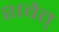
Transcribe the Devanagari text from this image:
शवेत्